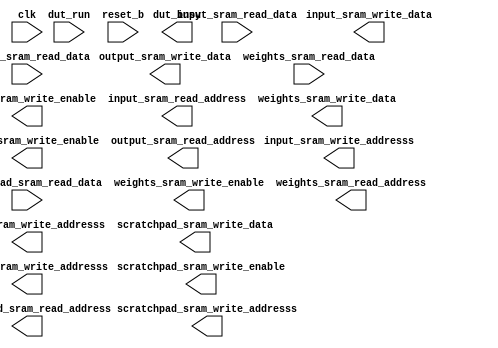
module MyDesign (
//---------------------------------------------------------------------------
//Control signals
  input   wire dut_run                    , 
  output  reg dut_busy                   ,
  input   wire reset_b                    ,  
  input   wire clk                        ,
 
//---------------------------------------------------------------------------
//Input SRAM interface
  output reg        input_sram_write_enable    ,
  output reg [11:0] input_sram_write_addresss  ,
  output reg [15:0] input_sram_write_data      ,
  output reg [11:0] input_sram_read_address    ,
  input wire [15:0] input_sram_read_data       ,

//---------------------------------------------------------------------------
//Output SRAM interface
  output reg        output_sram_write_enable    ,
  output reg [11:0] output_sram_write_addresss  ,
  output reg [15:0] output_sram_write_data      ,
  output reg [11:0] output_sram_read_address    ,
  input wire [15:0] output_sram_read_data       ,

//---------------------------------------------------------------------------
//Scratchpad SRAM interface
  output reg        scratchpad_sram_write_enable    ,
  output reg [11:0] scratchpad_sram_write_addresss  ,
  output reg [15:0] scratchpad_sram_write_data      ,
  output reg [11:0] scratchpad_sram_read_address    ,
  input wire [15:0] scratchpad_sram_read_data       ,

//---------------------------------------------------------------------------
//Weights SRAM interface                                                       
  output reg        weights_sram_write_enable    ,
  output reg [11:0] weights_sram_write_addresss  ,
  output reg [15:0] weights_sram_write_data      ,
  output reg [11:0] weights_sram_read_address    ,
  input wire [15:0] weights_sram_read_data       

);

  //YOUR CODE HERE

endmodule